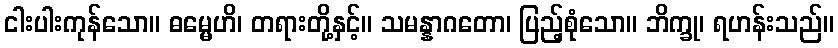
ငါးပါးကုန်သော။ ဓမ္မေဟိ၊ တရားတို့နှင့်။ သမန္နာဂတော၊ ပြည့်စုံသော။ ဘိက္ခု၊ ရဟန်းသည်။